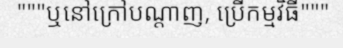
"""ឬនៅក្រៅបណ្តាញ, ប្រើកម្មវិធី"""